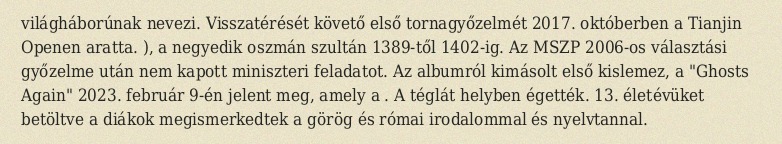
világháborúnak nevezi. Visszatérését követő első tornagyőzelmét 2017. októberben a Tianjin Openen aratta. ), a negyedik oszmán szultán 1389-től 1402-ig. Az MSZP 2006-os választási győzelme után nem kapott miniszteri feladatot. Az albumról kimásolt első kislemez, a "Ghosts Again" 2023. február 9-én jelent meg, amely a . A téglát helyben égették. 13. életévüket betöltve a diákok megismerkedtek a görög és római irodalommal és nyelvtannal.